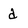
Character: d